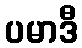
ပမာဒီ